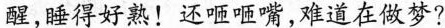
醒，睡得好熟！还咂咂嘴，难道在做梦?